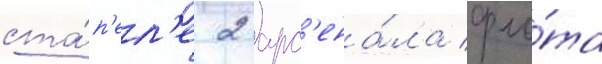
ста́п'ел'е 2 арс'ена́ла фло́та